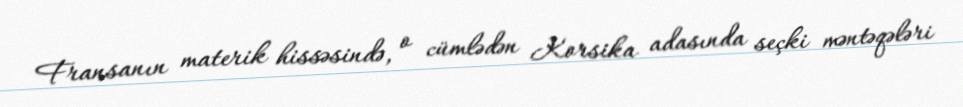
Fransanın materik hissəsində, o cümlədən Korsika adasında seçki məntəqələri